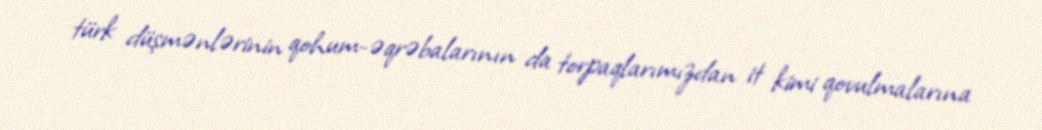
türk düşmənlərinin qohum-əqrəbalarının da torpaqlarımızdan it kimi qovulmalarına